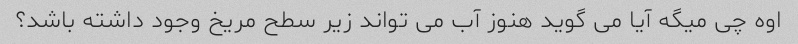
اوه چی میگه آیا می گوید هنوز آب می تواند زیر سطح مریخ وجود داشته باشد؟